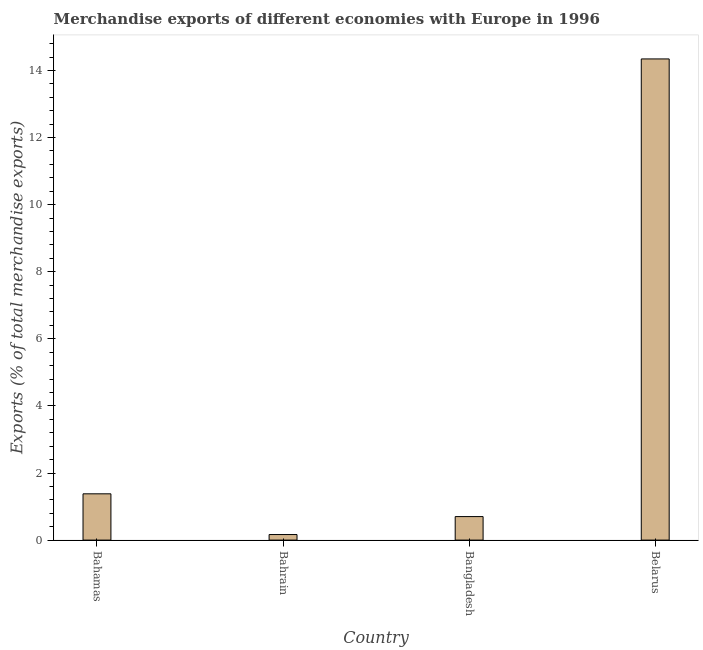
| Country | Merchandise Exports |
 | --- | --- |
 | Bahamas | 1.38 |
 | Bahrain | 0.166 |
 | Bangladesh | 0.701 |
 | Belarus | 14.3 |